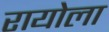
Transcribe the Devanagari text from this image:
रायोला